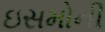
ઇસમોની